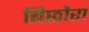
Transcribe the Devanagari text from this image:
बिछौरा